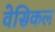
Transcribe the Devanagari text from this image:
वेसिकल